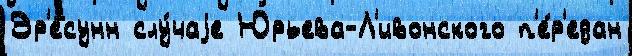
Эр'есунн слу́чаjе Юрьева-Л'ивонского п'е́р'едан